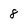
Character: 8